Punjab Mental Hospital Lahore 1922-31 - 1922-1931
Year: 1922
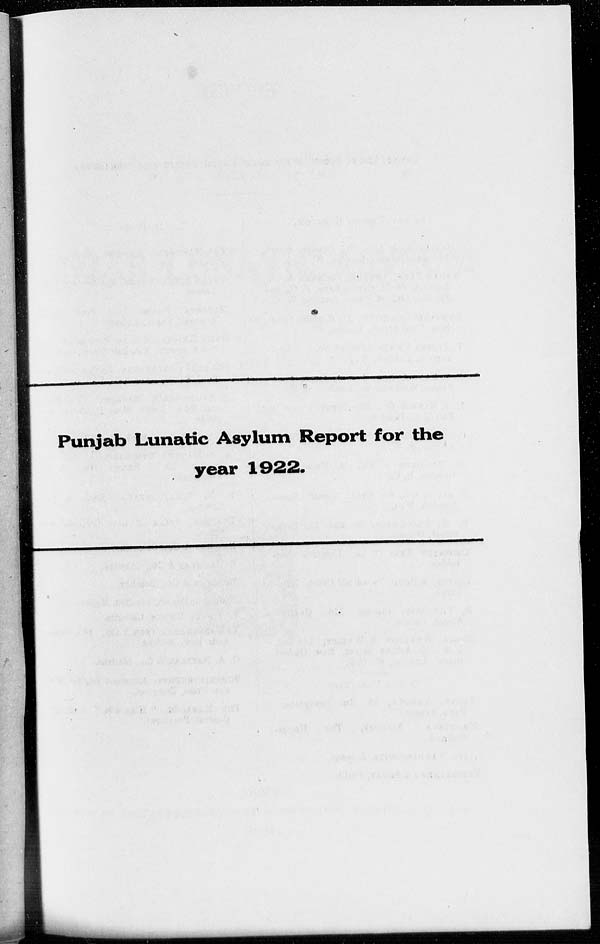
Punjab Lunatic Asylum Report for the
year 1922.